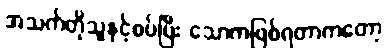
အသက်တိုသူနှင့်စပ်ပြီး သောကဖြစ်ရတာကတော့